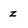
Character: z